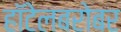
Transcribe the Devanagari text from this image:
हॉटेलबरोबर